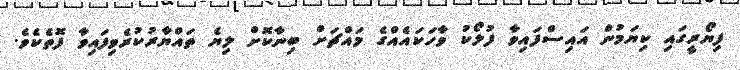
ފިޔޯރީގައި ކިޔަމުން އައިސްފައިވާ ފުލޯކު ވާހަކައެއްގެ މައްޗަށް ބިނާކޮށް ލިޔެ ތައްޔާރުކުރެވިފައިވާ ފޮތެކެވެ.